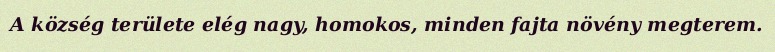
A község területe elég nagy, homokos, minden fajta növény megterem.